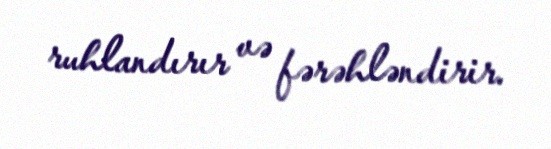
ruhlandırır və fərəhləndirir.